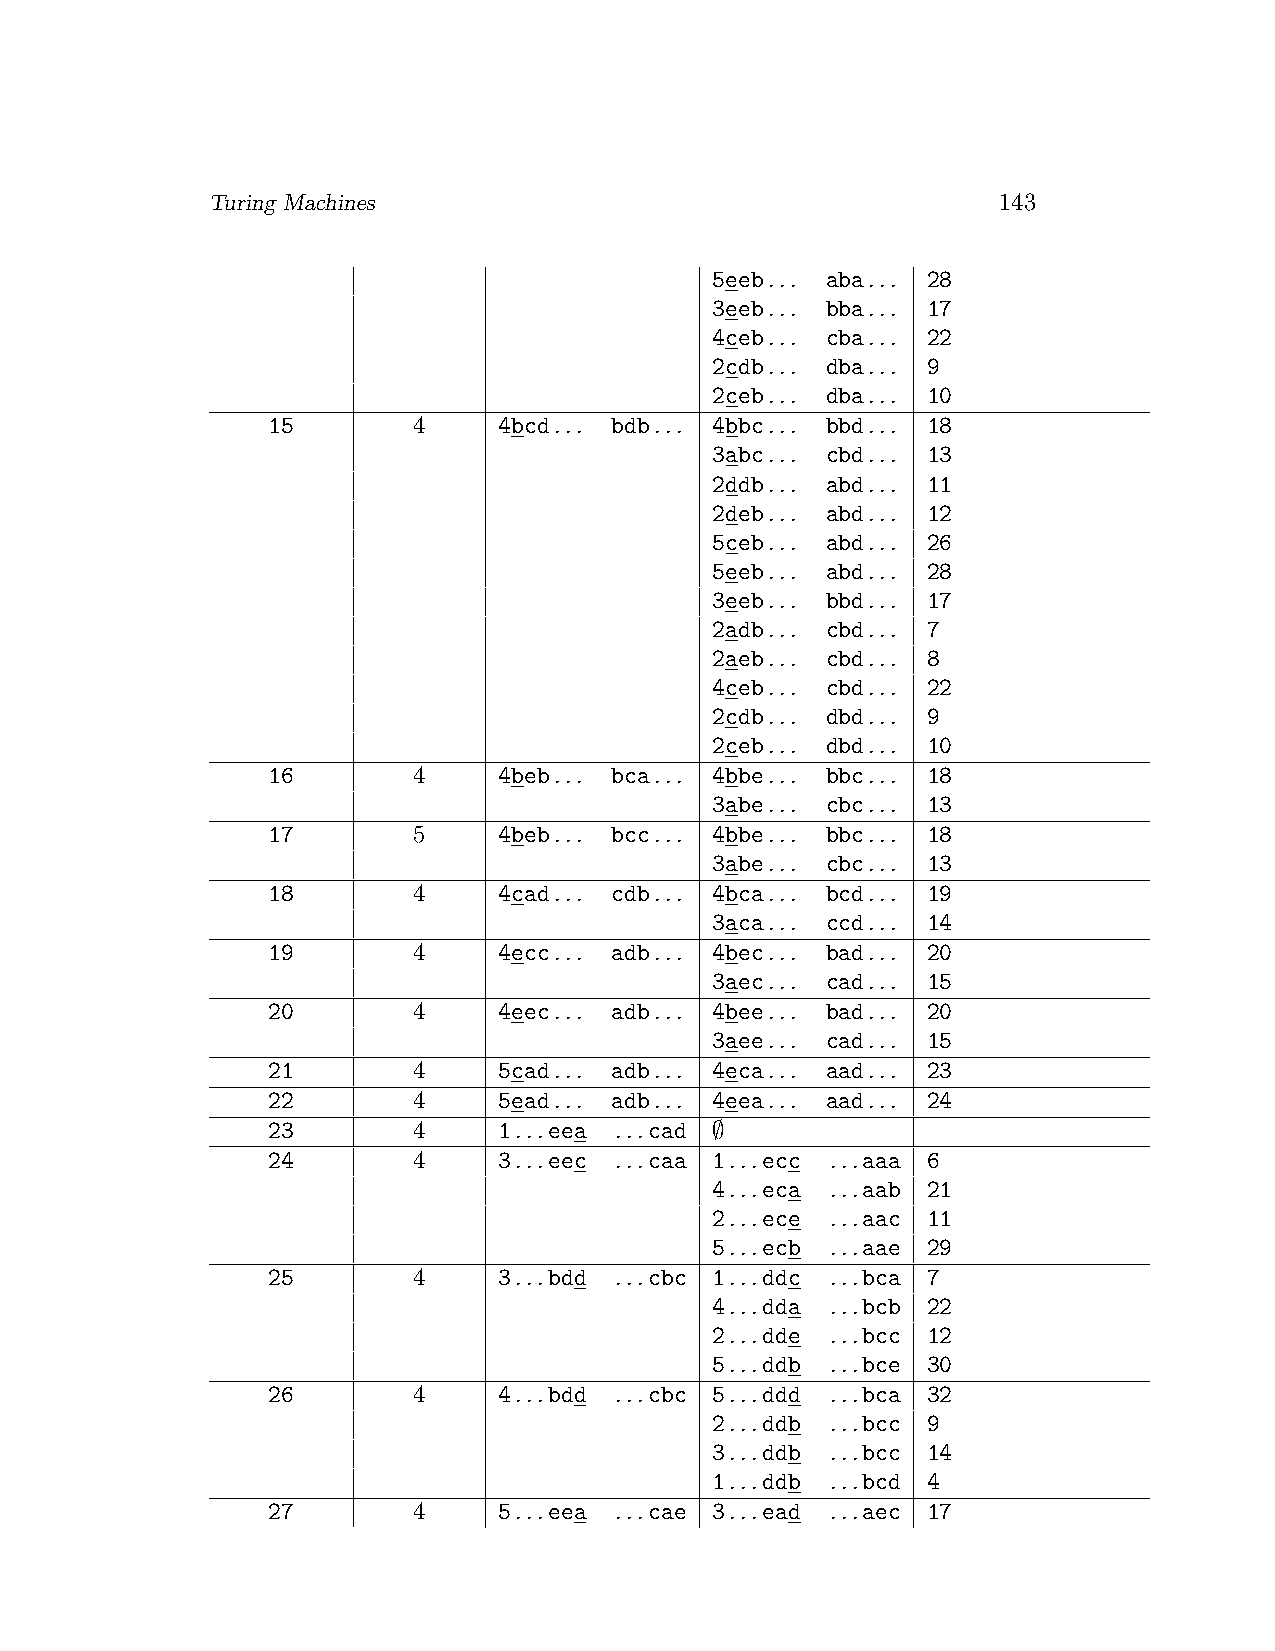
Turing Machines                                     143
 5eeb... aba... 28
 3eeb... bba... 17
 4ceb... cba... 22
 2cdb... dba... 9
 2ceb... dba... 10
 15       4     4bcd... bdb... 4bbc... bbd... 18
 3abc... cbd... 13
 2ddb... abd... 11
 2deb... abd... 12
 5ceb... abd... 26
 5eeb... abd... 28
 3eeb... bbd... 17
 2adb... cbd... 7
 2aeb... cbd... 8
 4ceb... cbd... 22
 2cdb... dbd... 9
 2ceb... dbd... 10
 16       4     4beb... bca... 4bbe... bbc... 18
 3abe... cbc... 13
 17       5     4beb... bcc... 4bbe... bbc... 18
 3abe... cbc... 13
 18       4     4cad... cdb... 4bca... bcd... 19
 3aca... ccd... 14
 19       4     4ecc... adb... 4bec... bad... 20
 3aec... cad... 15
 20       4     4eec... adb... 4bee... bad... 20
 3aee... cad... 15
 21       4     5cad... adb... 4eca... aad... 23
 22       4     5ead... adb... 4eea... aad... 24
 23       4     1...eea ...cad ∅
 24       4     3...eec ...caa 1...ecc ...aaa 6
 4...eca ...aab 21
 2...ece ...aac 11
 5...ecb ...aae 29
 25       4     3...bdd ...cbc 1...ddc ...bca 7
 4...dda ...bcb 22
 2...dde ...bcc 12
 5...ddb ...bce 30
 26       4     4...bdd ...cbc 5...ddd ...bca 32
 2...ddb ...bcc 9
 3...ddb ...bcc 14
 1...ddb ...bcd 4
 27       4     5...eea ...cae 3...ead ...aec 17